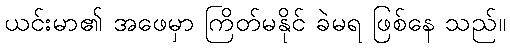
ယင်းမာ၏ အဖေမှာ ကြိတ်မနိုင် ခဲမရ ဖြစ်နေ သည်။